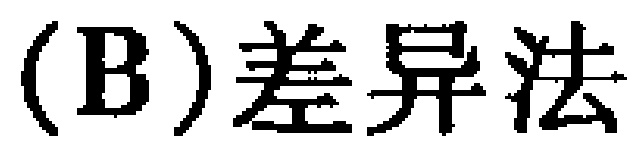
（B）差异法